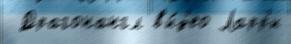
 Драгонангл в'и́д'ео Ларр'и